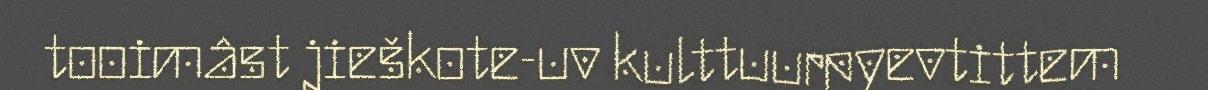
tooimâst jieškote-uv kulttuurpyevtittem